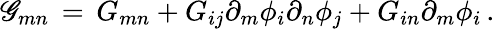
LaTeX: \mathscr{G}_{mn}\, =\, G_{mn}+G_{ij}\partial_{m}\phi_{i}\partial_{n}\phi_{j}+G_{in}\partial_{m}\phi_{i}\, .